Leaving Certificate Examination (including Day School Certificate (Higher) General paper), 1929
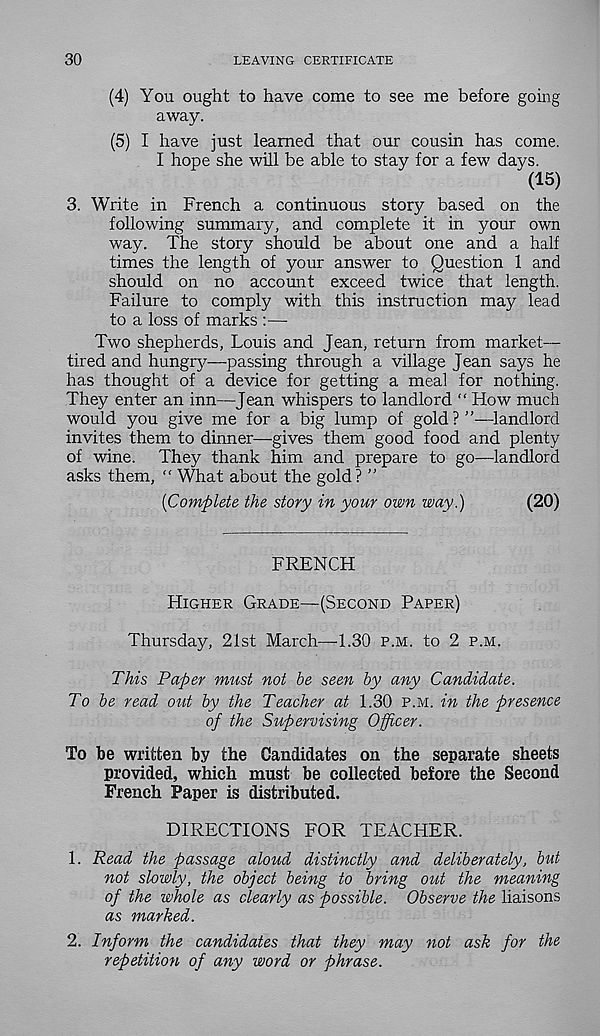
30
LEAVING CERTIFICATE
(4) You ought to have come to see me before going
away.
(5) I have just learned that our cousin has come.
I hope she will be able to stay for a few days.
(15)
3. Write in French a continuous story based on the
following summary, and complete it in your own
way. The story should be about one and a half
times the length of your answer to Question 1 and
should on no account exceed twice that length.
Failure to comply with this instruction may lead
to a loss of marks :—
Two shepherds, Louis and Jean, return from market—
tired and hungry—passing through a village Jean says he
has thought of a device for getting a meal for nothing.
They enter an inn—Jean whispers to landlord “ How much
would you give me for a big lump of gold?”—landlord
invites them to dinner—gives them good food and plenty
of wine. They thank him and prepare to go—landlord
asks them, “ What about the gold? ”
(Complete the story in your own way.)
(20)
FRENCH
Higher Grade—(Second Paper)
Thursday, 21st March—-1.30 p.m. to 2 p.m.
This Paper must not be seen by any Candidate.
To be read out by the Teacher at 1.30 p.m. in the presence
of the Supervising Officer.
To be written by the Candidates on the separate sheets
provided, which must be collected before the Second
French Paper is distributed.
DIRECTIONS FOR TEACHER.
1. Read the passage aloud distinctly and deliberately, but
not slowly, the object being to bring out the meaning
of the whole as clearly as possible. Observe the liaisons
as marked.
2. Inform the candidates that they may not ask for the
repetition of any word or phrase.